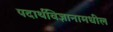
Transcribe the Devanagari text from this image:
पदार्थविज्ञानामधील